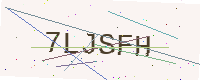
Text: 7LJSFH